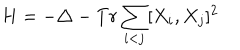
H = - \triangle - T r \sum _ { i < j } [ X _ { i } , X _ { j } ] ^ { 2 }